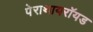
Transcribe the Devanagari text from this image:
पेराथायरॉयड